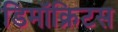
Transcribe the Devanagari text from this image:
डिमॉक्रिटस